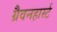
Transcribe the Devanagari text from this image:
ग्रैवनहार्स्ट